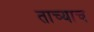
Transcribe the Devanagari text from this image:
ताच्याच